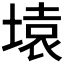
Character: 𰊍